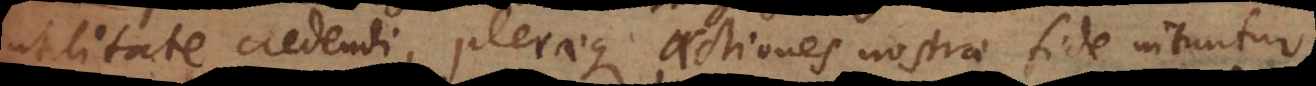
utilitate credendi, pleraeque actiones nostrae fide nituntur,